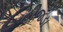
હીજડા